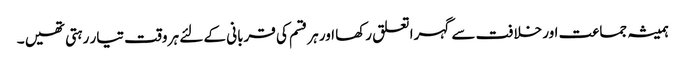
ہمیشہ جماعت اور خلافت سے گہرا تعلق رکھا اور ہر قسم کی قربانی کے لئے ہر وقت تیار رہتی تھیں ۔